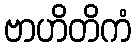
ဗာဟိတိကံ